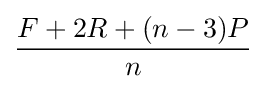
{\frac {F+2R+(n-3)P}{n}}